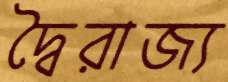
দ্বৈরাজ্য